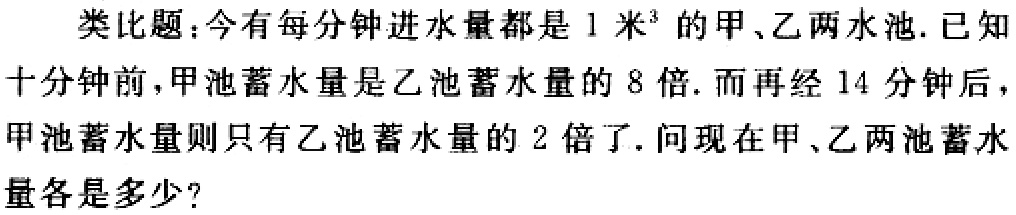
类比题：今有每分钟进水量都是\(1\)米\(^{3}\)的甲、乙两水池. 已知十分钟前，甲池蓄水量是乙池蓄水量的\(8\)倍. 而再经\(14\)分钟后，甲池蓄水量则只有乙池蓄水量的\(2\)倍了. 问现在甲、乙两池蓄水量各是多少？